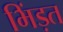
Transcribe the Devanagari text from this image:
भिंड़त